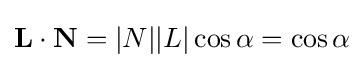
\mathbf {L} \cdot \mathbf {N} =|N||L|\cos {\alpha }=\cos {\alpha }